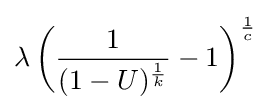
\lambda \left({\frac {1}{(1-U)^{\frac {1}{k}}}}-1\right)^{\frac {1}{c}}